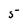
Character: 5